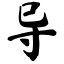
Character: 导